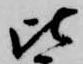
比